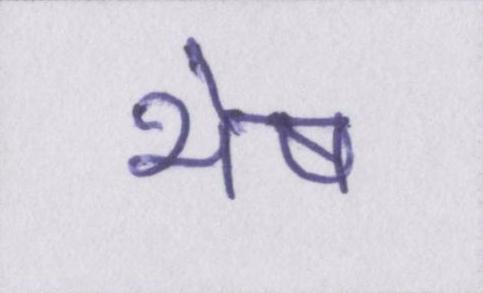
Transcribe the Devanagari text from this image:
भेष